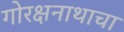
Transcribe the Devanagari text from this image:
गोरक्षनाथाचा